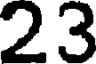
23